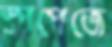
স্পপেজে